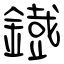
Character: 鐡